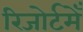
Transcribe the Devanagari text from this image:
रिजोर्टमेँ